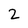
Character: 2